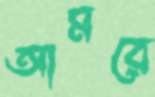
আমরে